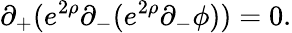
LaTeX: \partial_{+}(e^{2\rho}\partial_{-}(e^{2\rho}\partial_{-}\phi))=0.